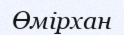
Өмірхан